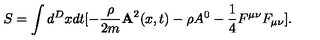
S = \int d ^ { D } x d t [ - \frac { \rho } { 2 m } { \bf A } ^ { 2 } ( x , t ) - \rho A ^ { 0 } - \frac { 1 } { 4 } F ^ { \mu \nu } F _ { \mu \nu } ] .